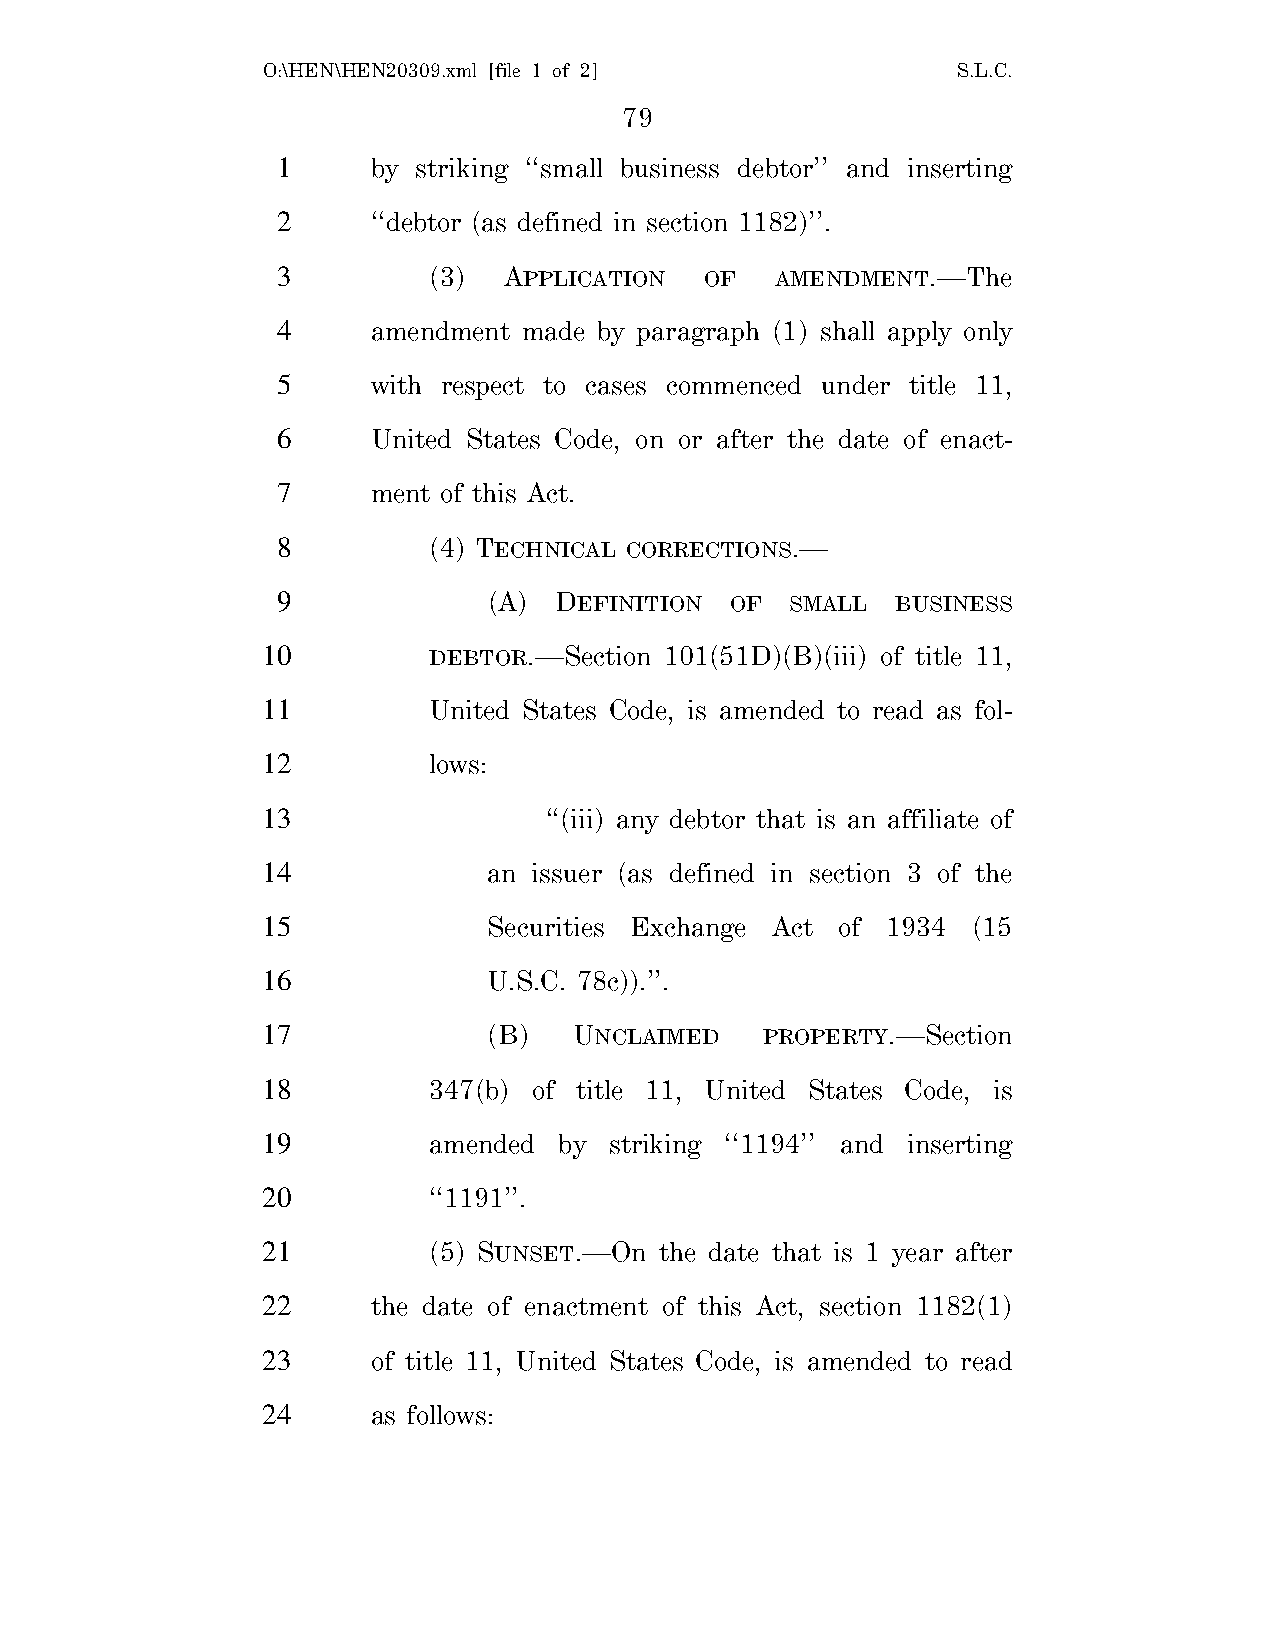
O:\HEN\HEN20309.xml [file 1 of 2]             S.L.C.
 79
 1      by striking ‘‘small business debtor’’ and inserting
 2      ‘‘debtor (as defined in section 1182)’’.
 3         (3)  APPLICATION   OF  AMENDMENT.—The
 4      amendment made by paragraph (1) shall apply only
 5      with respect to cases commenced under title 11,
 6      United States Code, on or after the date of enact-
 7      ment of this Act.
 8         (4) TECHNICAL CORRECTIONS.—
 9             (A)  DEFINITION OF  SMALL  BUSINESS
 10         DEBTOR.—Section 101(51D)(B)(iii) of title 11,
 11         United States Code, is amended to read as fol-
 12         lows:
 13                 ‘‘(iii) any debtor that is an affiliate of
 14             an issuer (as defined in section 3 of the
 15             Securities Exchange Act of 1934 (15
 16             U.S.C. 78c)).’’.
 17             (B)   UNCLAIMED    PROPERTY.—Section
 18         347(b) of title 11, United States Code, is
 19         amended  by striking ‘‘1194’’ and inserting
 20         ‘‘1191’’.
 21         (5) SUNSET.—On  the date that is 1 year after
 22      the date of enactment of this Act, section 1182(1)
 23      of title 11, United States Code, is amended to read
 24      as follows: